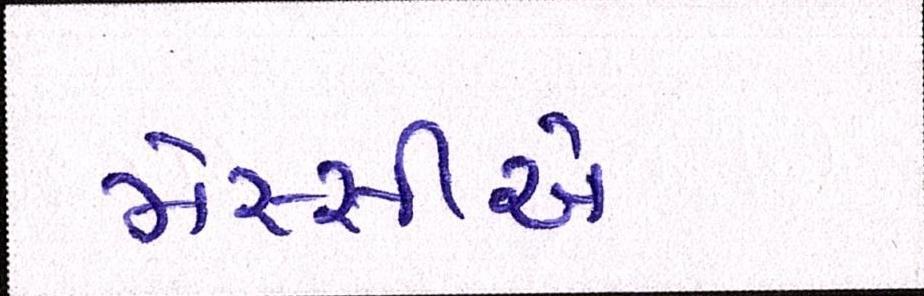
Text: મેસ્સીએ